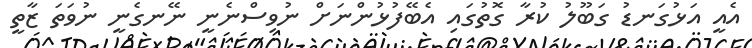
އެއީ އަޅުގަނޑު ގަބޫލު ކުރާ ގޮތުގައި އެބޭފުޅުންނަށް ނުވިސްނެނީ ނޭނގެނީ ނުވަތަ ޒާތީ